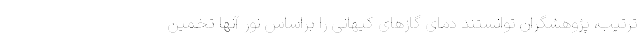
ترتیب، پژوهشگران توانستند دمای گازهای کیهانی را براساس نور آنها تخمین